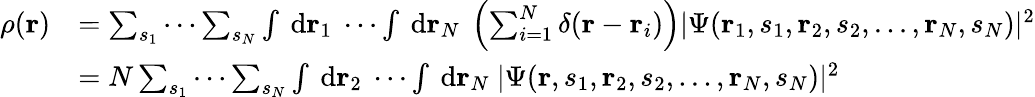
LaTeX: {\begin{array}{rl}{\rho(\mathbf{r})}&{=\sum_{{s}_{1}}\cdots\sum_{{s}_{N}}\int\ \mathrm{d}\mathbf{r}_{1}\ \cdots\int\ \mathrm{d}\mathbf{r}_{N}\ \left(\sum_{i=1}^{N}\delta(\mathbf{r}-\mathbf{r}_{i})\right)|\Psi(\mathbf{r}_{1},s_{1},\mathbf{r}_{2},s_{2},...,\mathbf{r}_{N},s_{N})|^{2}}\\ &{=N\sum_{{s}_{1}}\cdots\sum_{{s}_{N}}\int\ \mathrm{d}\mathbf{r}_{2}\ \cdots\int\ \mathrm{d}\mathbf{r}_{N}\ |\Psi(\mathbf{r},s_{1},\mathbf{r}_{2},s_{2},...,\mathbf{r}_{N},s_{N})|^{2}}\end{array}}